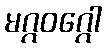
မဂ္ဂဝဂ္ဂေါ